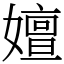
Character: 嬗